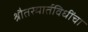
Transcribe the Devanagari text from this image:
श्रौतस्मार्तविधींचा